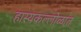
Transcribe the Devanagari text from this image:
हास्यकल्लोळात